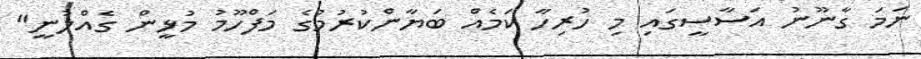
ނަމަ ގާނޫނު އަސާސީގައި މި ހުރިހާ ކަމެއް ބަޔާންކުރުމުގެ މަފްހޫމު މުޅީން ގެއްލުނީ"